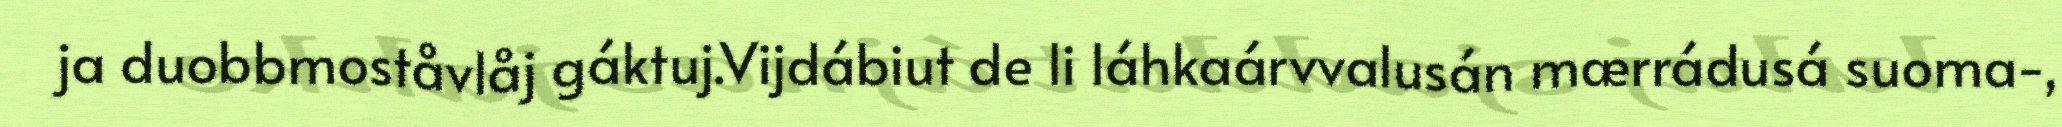
ja duobbmoståvlåj gáktuj.Vijdábiut de li láhkaárvvalusán mærrádusá suoma-,